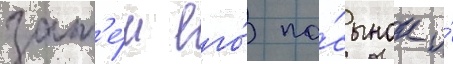
зат'е́м его́ па́сынок и́